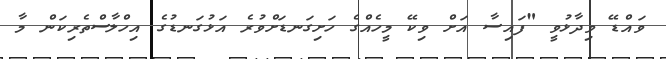
ވައްޑޭ ވިދާޅުވީ "ފައިސާ އަށް ވިކޭ މީހެއްގެ ހަށިގަނޑަށްވުރެ އަޅުގަނޑުގެ އިހްލާސްތެރިކަން މާ